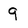
Character: 9